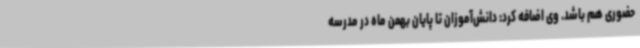
حضوری هم باشد. وی اضافه کرد: دانش‌آموزان تا پایان بهمن ماه در مدرسه